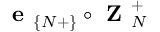
\textbf { e } _ { \{ N + \} } \circ \textbf { Z } _ { N } ^ { + }